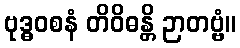
ဗုဒ္ဓဝစနံ တိဝိဓန္တိ ဉာတဗ္ဗံ။